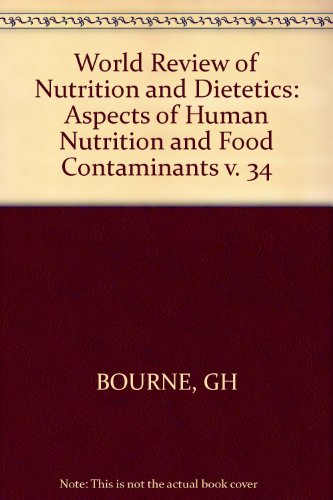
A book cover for Aspects of Human Nutrition and Food Contaminants (World Review of Nutrition and Dietetics, Vol. 34) (v. 34); Medical Books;